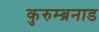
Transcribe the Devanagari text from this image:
कुरुम्ब्रनाड